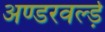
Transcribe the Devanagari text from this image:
अण्डरवर्ल्ड़